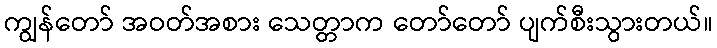
ကျွန်တော် အဝတ်အစား သေတ္တာက တော်တော် ပျက်စီးသွားတယ်။